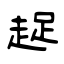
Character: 趗